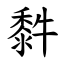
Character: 䵓